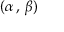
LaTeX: ( \alpha \, , \, \beta )